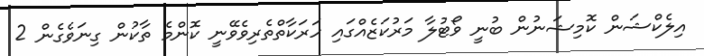
އިލެކްޝަން ކޮމިޝަނުން ބުނީ ވޯޓުލާ މަރުކަޒެއްގައި ހަރަކާތްތެރިވެވޭނީ ކޮންމެ ތާކުން ގިނަވެގެން 2